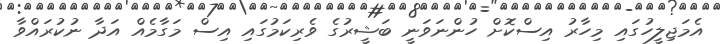
އެމަޖިލީހުގައި މިހާރު އިސްކޮށް ހުންނަވަނީ ބަޝީރުގެ ވެރިކަމުގައި އިސް މަގާމެއް އަދާ ނުކުރައްވާ